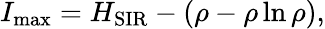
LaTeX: I_{\operatorname*{max}}=H_{\mathrm{SIR}}-\left(\rho-\rho\ln\rho\right),